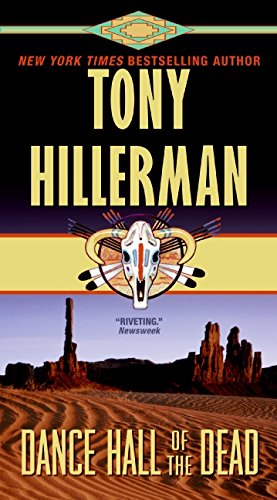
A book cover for Dance Hall of the Dead; Tony Hillerman; Literature & Fiction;